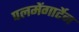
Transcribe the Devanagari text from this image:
पलमेंगार्टेन